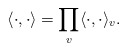
\begin{align*}\langle \cdot, \cdot \rangle = \prod_v \langle \cdot, \cdot \rangle_v. \end{align*}